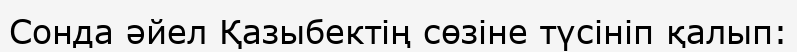
Сонда әйел Қазыбектің сөзіне түсініп қалып: